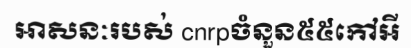
អាសនៈរបស់ cnrpចំនួន៥៥កៅអី